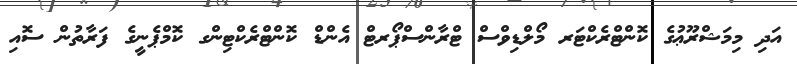
އަދި މިމަޝްރޫޢުގެ ކޮންޓްރެކްޓަރ މޯލްޑިވްސް ޓްރާންސްޕޯރޓް އެންޑް ކޮންޓްރެކްޓިންގ ކޮމްޕެނީގެ ފަރާތުން ސޮއި